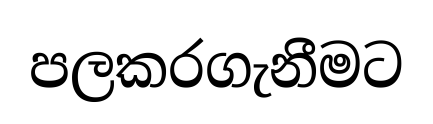
පලකරගැනීමට